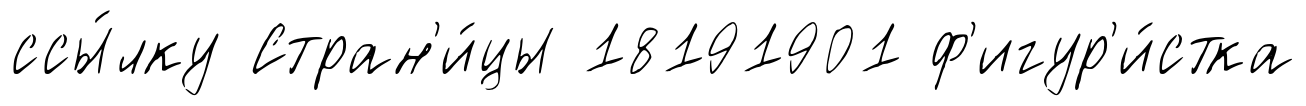
ссы́лку Стран'и́цы 18191901 ф'игур'и́стка